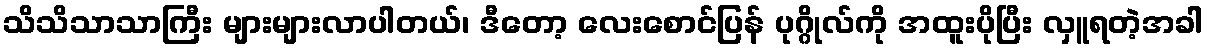
သိသိသာသာကြီး များများလာပါတယ်၊ ဒီတော့ လေးစောင်ပြန် ပုဂ္ဂိုလ်ကို အထူးပိုပြီး လှူရတဲ့အခါ